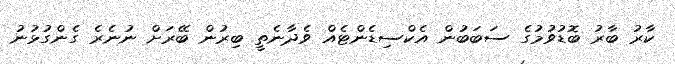
ކާރު ބާރު ބޮޑުވުމުގެ ސަބަބުން އެކްސިޑެންޓެއް ވެދާނެތީ ބިރުން ބޭރަށް ނުނެރެ ގެންގުޅުނު